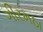
ગીરમઠા